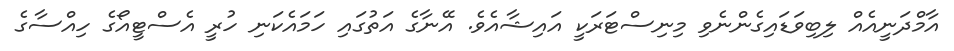
އާމްދަނީއެއް ލިބިވަޑައިގެންނެވި މިނިސްޓަރަކީ އައިޝާއެވެ. އޭނާގެ އަތުގައި ހަމައެކަނި ހުރީ އެސްޓީއޯގެ ހިއްސާގެ